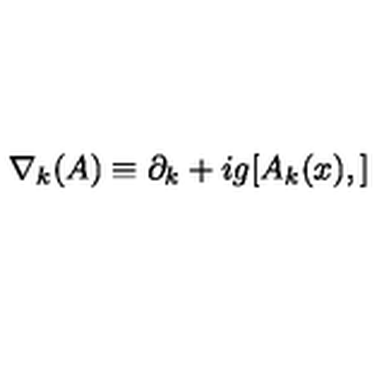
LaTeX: \nabla _ { k } ( A ) \equiv \partial _ { k } + i g [ A _ { k } ( x ) , ]